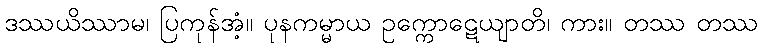
ဒဿယိဿာမ၊ ပြကုန်အံ့။ ပုနကမ္မာယ ဥက္ကောဋေယျာတိ၊ ကား။ တဿ တဿ